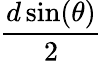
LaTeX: \frac{d\sin(\theta)}{2}